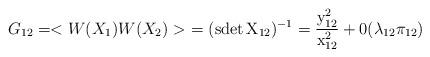
LaTeX: \begin{align*}G_{1 2} = < W(X_1) W(X_2) > \ = (\rm{sdet}\, X_{1 2})^{- 1} ={y^2_{1 2} \over x^2_{12}} + 0(\lambda_{1 2} \pi_{1 2})\end{align*}